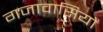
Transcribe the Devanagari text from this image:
गजावासियों